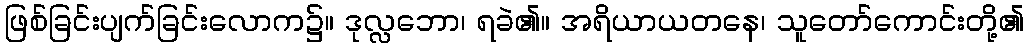
ဖြစ်ခြင်းပျက်ခြင်းလောက၌။ ဒုလ္လဘော၊ ရခဲ၏။ အရိယာယတနေ၊ သူတော်ကောင်းတို့၏